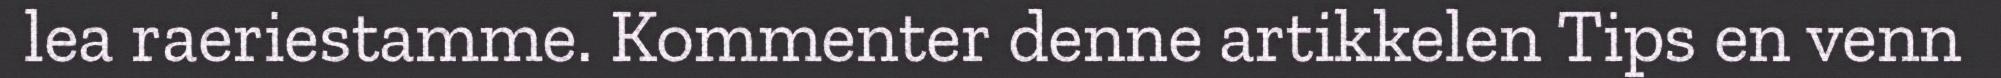
lea raeriestamme. Kommenter denne artikkelen Tips en venn